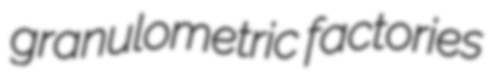
granulometric factories